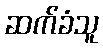
ဆက်ခံသူ